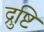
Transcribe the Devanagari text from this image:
द्रुष्टि